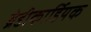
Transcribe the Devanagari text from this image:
ब्रेडीकार्डियक